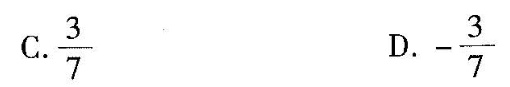
C.\frac{3}{7} D. - \frac{3}{7}